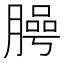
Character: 㬽